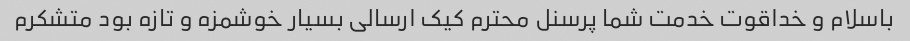
باسلام و خداقوت خدمت شما پرسنل محترم کیک ارسالی بسیار خوشمزه و تازه بود متشکرم